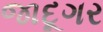
જાદૂગર